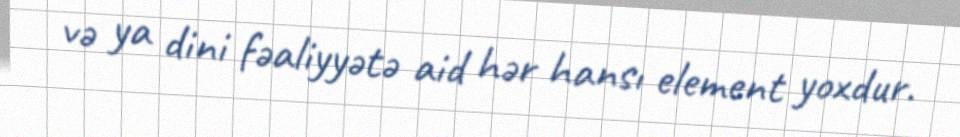
və ya dini fəaliyyətə aid hər hansı element yoxdur.